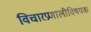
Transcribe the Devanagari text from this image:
विचारप्रणालीविषयक